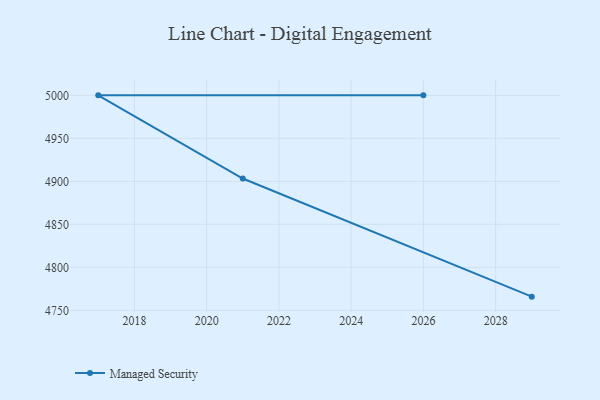
{"axis": {"x": "Year", "y": "Headcount"}, "legend": ["Managed Security"], "data": [{"x": "2029", "y": 4765.9, "type": "Managed Security"}, {"x": "2021", "y": 4903.3, "type": "Managed Security"}, {"x": "2017", "y": 5000, "type": "Managed Security"}, {"x": "2026", "y": 5000, "type": "Managed Security"}]}